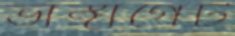
ভাঙ্গাগেট